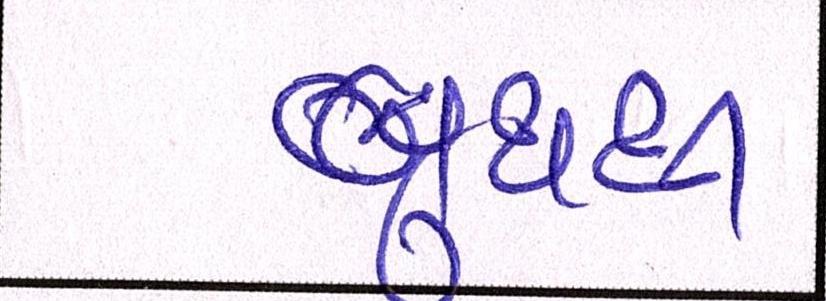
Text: બુથથી